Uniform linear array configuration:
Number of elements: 32
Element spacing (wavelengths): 1
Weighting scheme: exponential
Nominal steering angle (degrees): -45
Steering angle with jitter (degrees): -46.863
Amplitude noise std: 0.05
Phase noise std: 0.05

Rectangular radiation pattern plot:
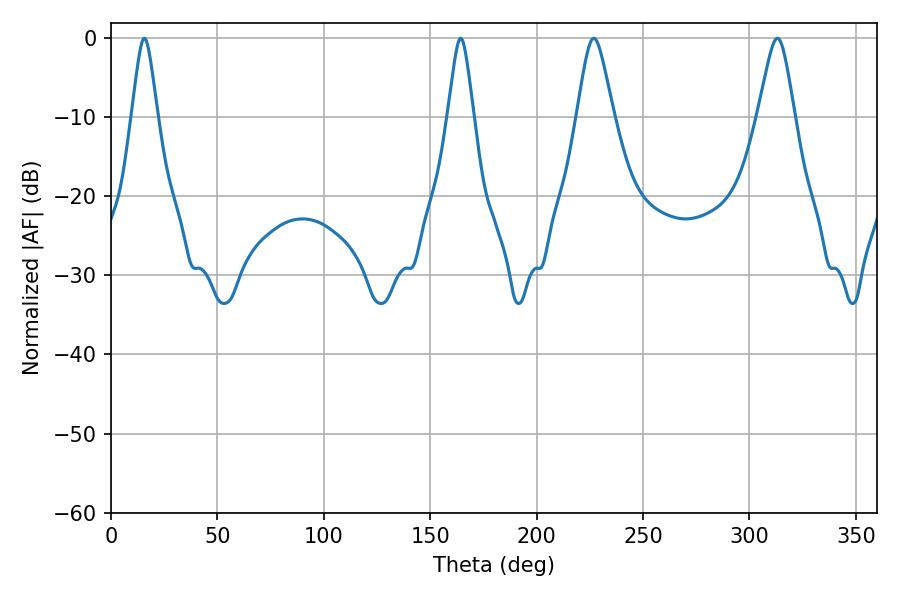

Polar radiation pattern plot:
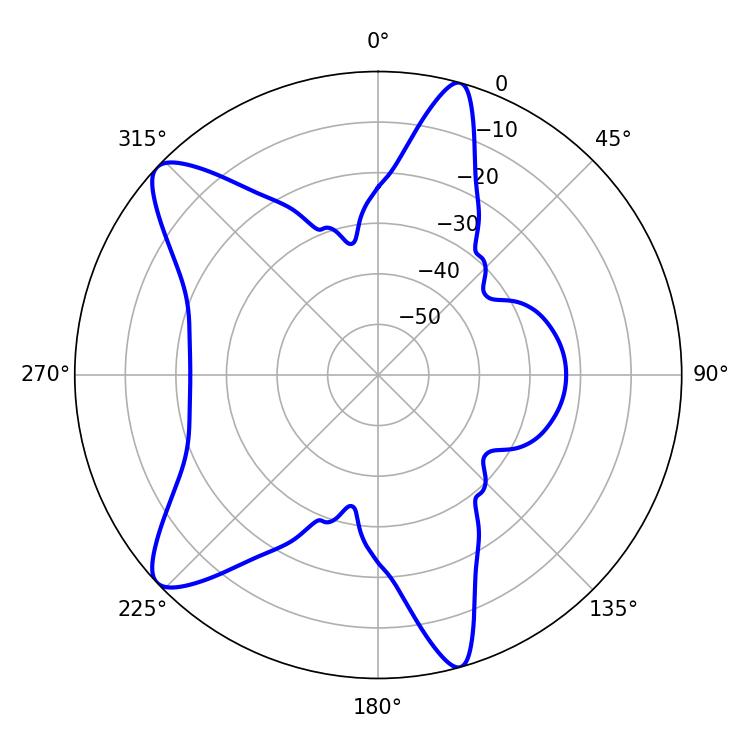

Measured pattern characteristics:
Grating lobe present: TRUE
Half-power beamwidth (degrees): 5.76
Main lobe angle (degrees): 15.66